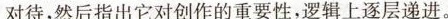
对待,然后指出它对创作的重要性,逻辑上逐层递进。